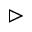
\vartriangleright